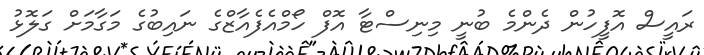
ރައީސް އޮފީހުން ދެންމެ ބުނީ މިނިސްޓާ އޮފް ހޯމްއެފެއާޒްގެ ނައިބުގެ މަގާމަށް ގަލޮޅު